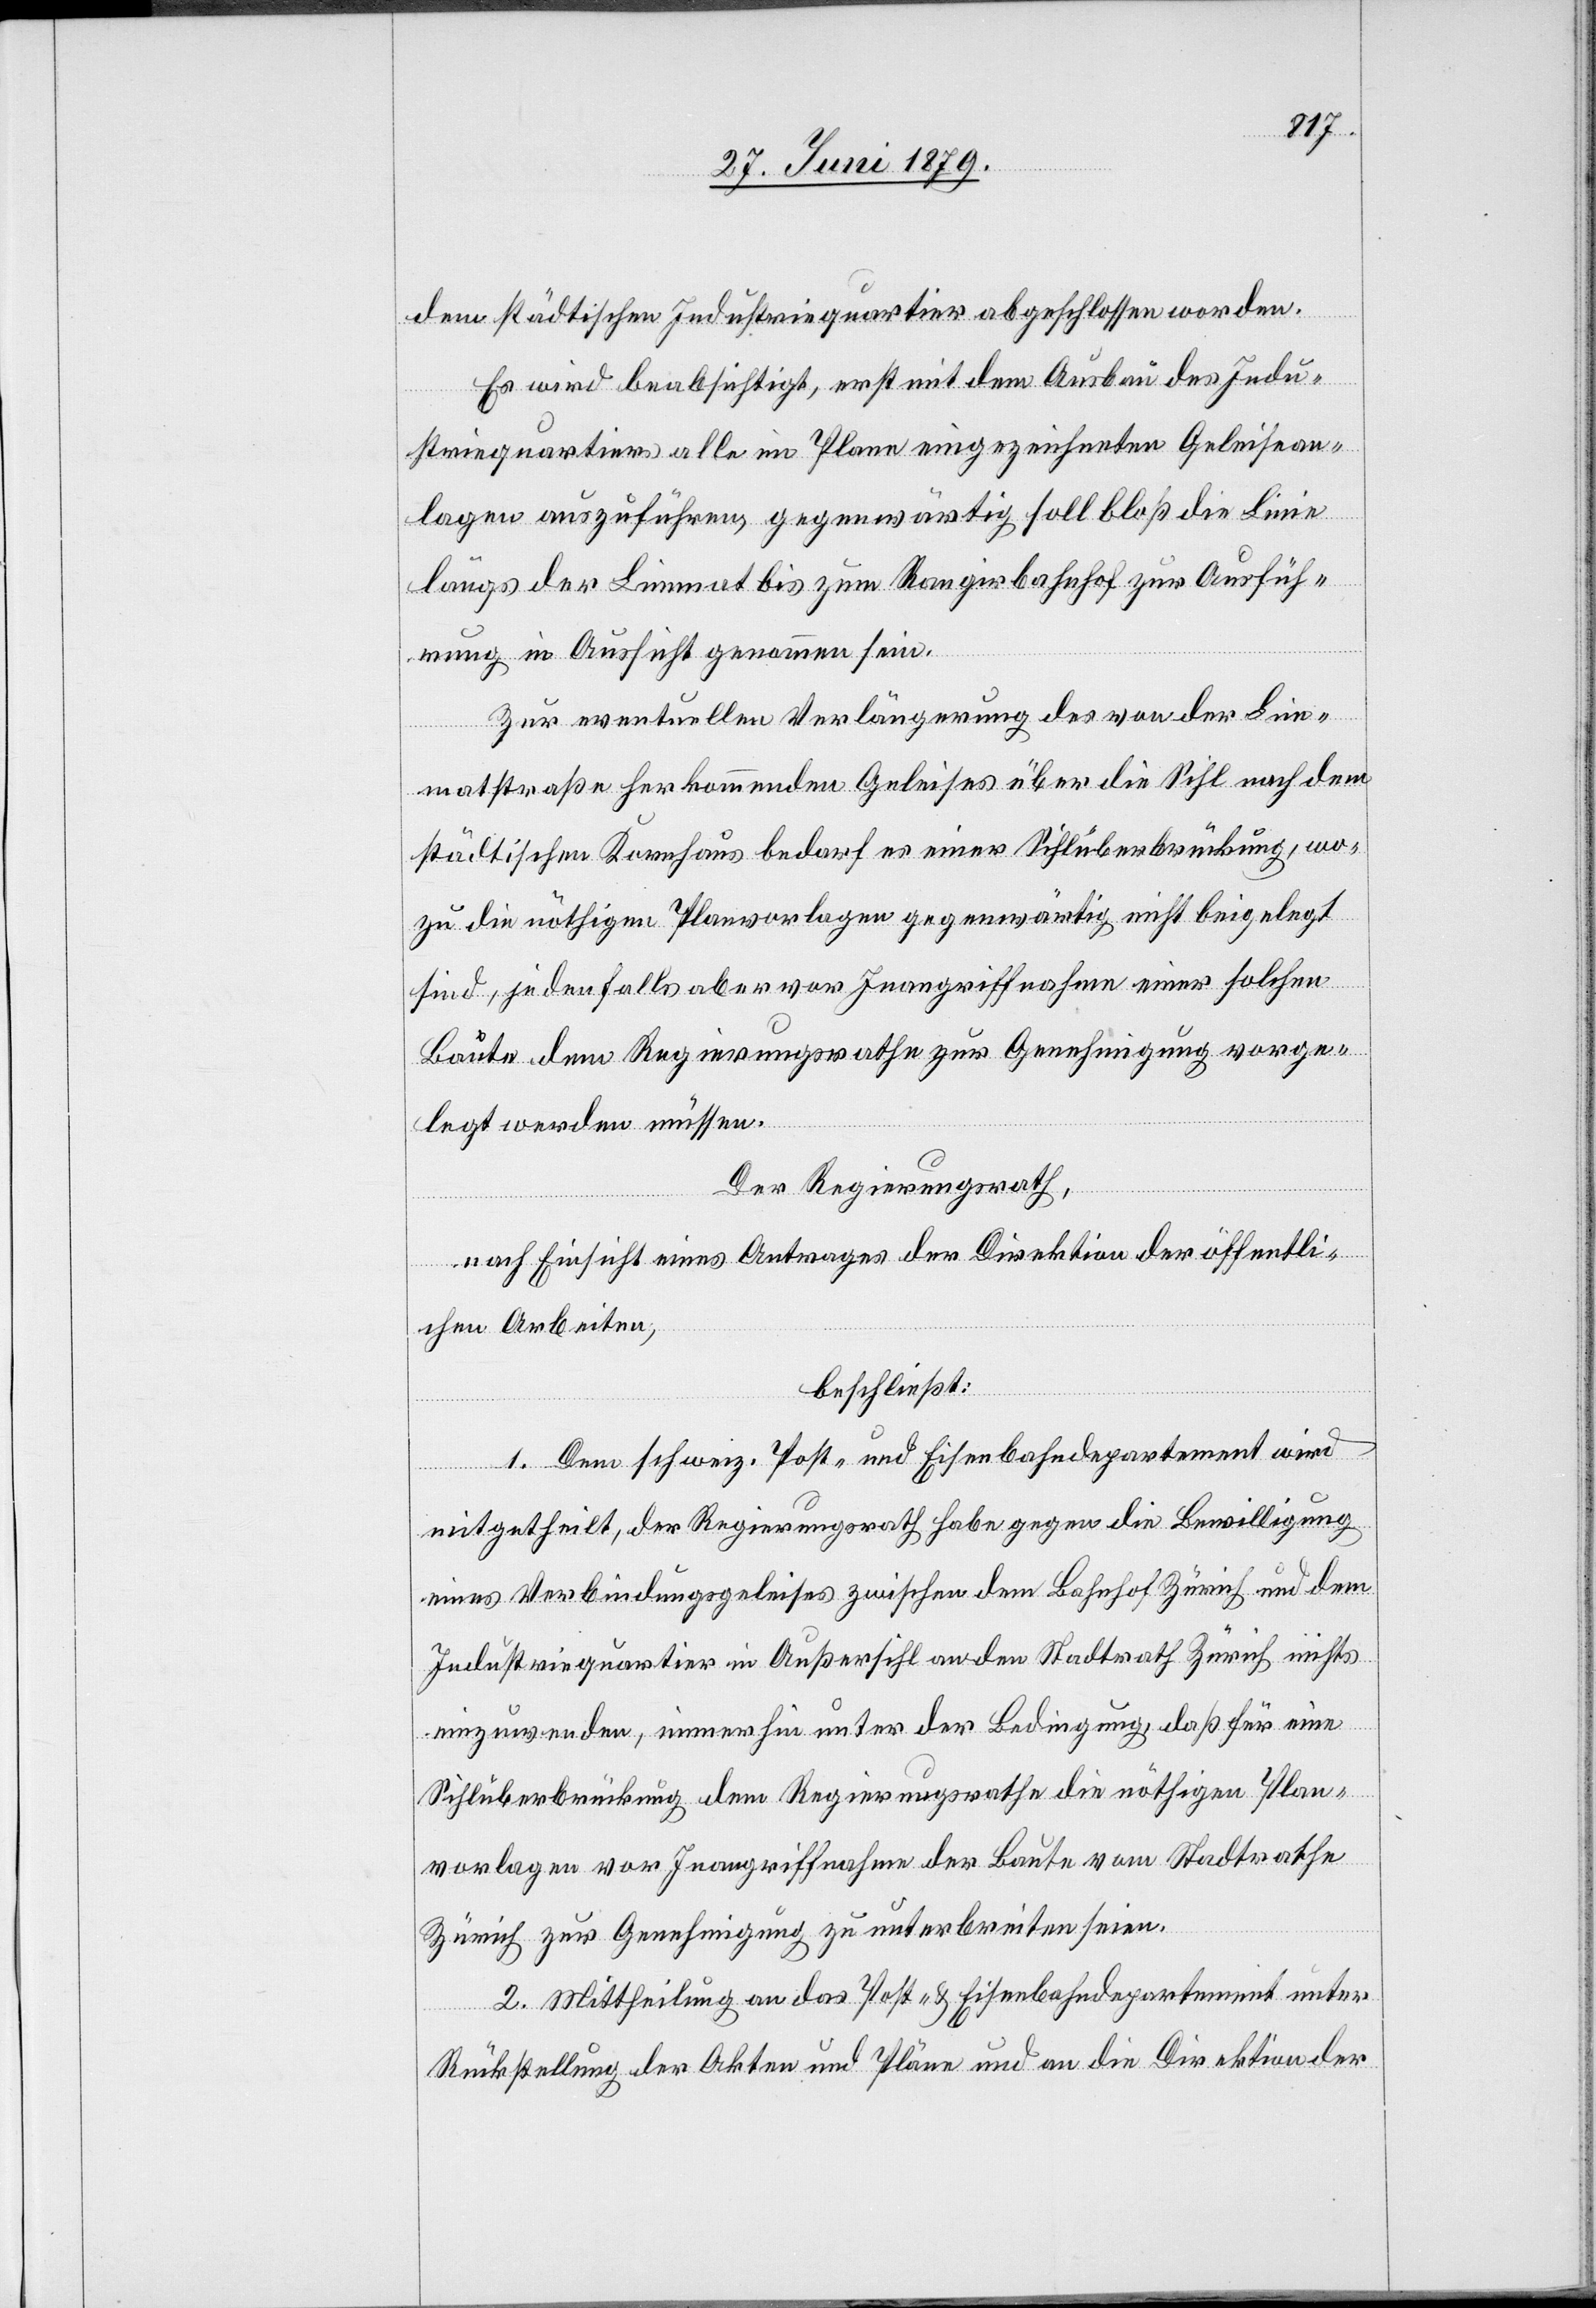
dem städtischen Industriequartier abgeschlossen worden.
Es wird beabsichtigt, erst mit dem Ausbau des Indu¬
striequartiers alle im Plane eingezeichneten Geleisean¬
lagen auszuführen, gegenwärtig soll bloß die Linie
längs der Limmat bis zum Rangirbahnhof zur Ausfüh¬
rung in Aussicht genommen sein.
Zur eventuellen Verlängerung des von der Lim¬
matstraße her kommenden Geleises über die Sihl nach dem
städtischen Kornhaus bedarf es einer Sihlüberbrückung, wo¬
zu die nöthigen Planvorlagen gegenwärtig nicht beigelegt
sind, jedenfalls aber vor Inangriffnahme einer solchen
Baute dem Regierungsrathe zur Genehmigung vorge¬
legt werden müssen.
Der Regierungsrath,
nach Einsicht eines Antrages der Direktion der öffentli¬
chen Arbeiten,
beschließt:
1. Dem schweiz. Post- und Eisenbahndepartement wird
mitgetheilt, der Regierungsrath habe gegen die Bewilligung
eines Verbindungsgeleises zwischen dem Bahnhof Zürich und dem
Industriequartier in Außersihl an den Stadtrath Zürich nichts
einzuwenden, immerhin unter der Bedingung, daß für eine
Sihlüberbrückung dem Regierungsrathe die nöthigen Plan¬
vorlagen vor Inangriffnahme der Baute vom Stadtrathe
Zürich zur Genehmigung zu unterbreiten seien.
2. Mittheilung an das Post- & Eisenbahndepartement unter
Rückstellung der Akten und Pläne und an die Direktion der